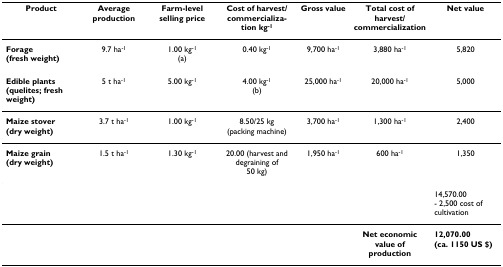
| Product | Average production | Farm-level selling price | Cost of harvest/commercialization kg-1 | Gross value | Total cost of harvest/commercialization | Net value |
 | --- | --- | --- | --- | --- | --- | --- |
 | Forage (fresh weight) | 9.7 ha-1 | 1.00 kg-1(a) | 0.40 kg-1 | 9,700 ha-1 | 3,880 ha-1 | 5,820 |
 | Edible plants (quelites; fresh weight) | 5 t ha-1 | 5.00 kg-1 | 4.00 kg-1(b) | 25,000 ha-1 | 20,000 ha-1 | 5,000 |
 | Maize stover (dry weight) | 3.7 t ha-1 | 1.00 kg-1 | 8.50/25 kg (packing machine) | 3,700 ha-1 | 1,300 ha-1 | 2,400 |
 | Maize grain (dry weight) | 1.5 t ha-1 | 1.30 kg-1 | 20.00 (harvest and degraining of50 kg) | 1,950 ha-1 | 600 ha-1 | 1,350 |
 |  |  |  |  |  |  | 14,570.00- 2,500 cost of cultivation |
 |  |  |  |  |  | Net economic value of production | 12,070.00 (ca. 1150 US $) |